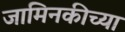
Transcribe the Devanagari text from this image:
जामिनकीच्या